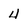
Character: 4